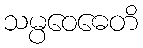
သမ္ပဝေဓေတိ